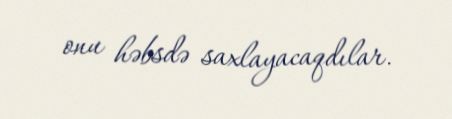
onu həbsdə saxlayacaqdılar.